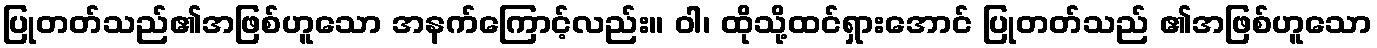
ပြုတတ်သည်၏အဖြစ်ဟူသော အနက်ကြောင့်လည်း။ ဝါ၊ ထိုသို့ထင်ရှားအောင် ပြုတတ်သည် ၏အဖြစ်ဟူသော